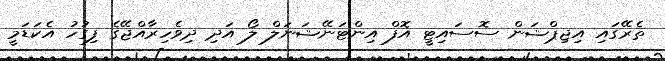
ތެރޭގައި އިޖިޕްޝަން ސޮސައިޓީ އޮފް އިންޓަނޭޝަނަލް ލޯ އަދި ދިވެހިރާއްޖޭގެ ފިގުހު އެކަޑަމީ